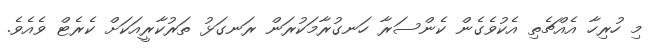
މި ހުރިހާ އެއްޗެތި އެކުވެގެން ކެންސަރާ ހަނގުރާމަކުރަން ރަނގަޅު ތަރުކާރީއަކަށް ކެރެޓް ވެއެވެ.